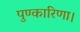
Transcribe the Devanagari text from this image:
पुण्कारिणा।